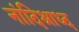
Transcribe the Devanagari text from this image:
नांदिश्राध्द